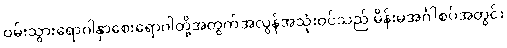
ဝမ်းသွားရောဂါနှာစေးရောဂါတို့အတွက်အလွန်အသုံးဝင်သည် မိန်းမအင်္ဂါစပ်အတွင်း